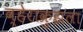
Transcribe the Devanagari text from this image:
व्हेराक्रुझला